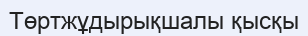
Төртжұдырықшалы қысқы